Indian journal of veterinary science and animal husbandry - Volume 13,
Year: 1943
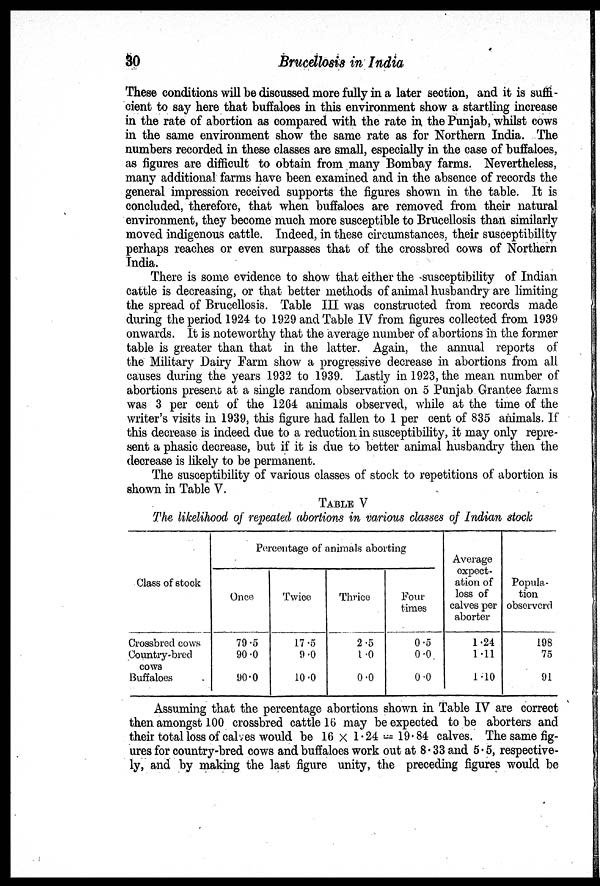
30
Brucellosis in India
These conditions will be discussed more fully in a later section, and it is suffi-
cient to say here that buffaloes in this environment show a startling increase
in the rate of abortion as compared with the rate in the Punjab, whilst cows
in the same environment show the same rate as for Northern India. The
numbers recorded in these classes are small, especially in the case of buffaloes,
as figures are difficult to obtain from many Bombay farms. Nevertheless,
many additional farms have been examined and in the absence of records the
general impression received supports the figures shown in the table. It is
concluded, therefore, that when buffaloes are removed from their natural
environment, they become much more susceptible to Brucellosis than similarly
moved indigenous cattle. Indeed, in these circumstances, their susceptibility
perhaps reaches or even surpasses that of the crossbred cows of Northern
India.
There is some evidence to show that either the susceptibility of Indian
cattle is decreasing, or that better methods of animal husbandry are limiting
the spread of Brucellosis. Table III was constructed from records made
during the period 1924 to 1929 and Table IV from figures collected from 1939
onwards. It is noteworthy that the average number of abortions in the former
table is greater than that in the latter. Again, the annual reports of
the Military Dairy Farm show a progressive decrease in abortions from all
causes during the years 1932 to 1939. Lastly in 1923, the mean number of
abortions present at a single random observation on 5 Punjab Grantee farms
was 3 per cent of the 1264 animals observed, while at the time of the
writer's visits in 1939, this figure had fallen to 1 per cent of 835 animals. If
this decrease is indeed due to a reduction in susceptibility, it may only repre-
sent a phasic decrease, but if it is due to better animal husbandry then the
decrease is likely to be permanent.
The susceptibility of various classes of stock to repetitions of abortion is
shown in Table V.
TABLE V
The likelihood of repeated abortions in various classes of Indian stock
Class of stock
Crossbred cows
Country-bred
cows
Buffaloes
Percentage of animals aborting
Once
79.5
90.0
90.0
Twice
17.5
9.0
10.0
Thrice
2.5
1.0
0.0
Four
times
0.5
0.0
0.0
Average
expect-
ation of
loss of
calves per
aborter
1.24
1.11
1.10
Popula-
tion
observerd
198
75
91
Assuming that the percentage abortions shown in Table IV are correct
then amongst 100 crossbred cattle 16 may be expected to be aborters and
their total loss of calves would be 16 × 1.24 =19.84 calves. The same fig-
ures for country-bred cows and buffaloes work out at 8. 33 and 5.5, respective-
ly, and by making the last figure unity, the preceding figures would be